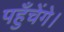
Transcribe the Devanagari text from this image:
पहुँचेंगे।